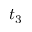
t _ { 3 }